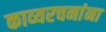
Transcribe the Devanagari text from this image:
काव्यरचनांना